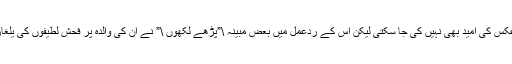
واللہ اعلم)، بہرحال اوریا صاحب نے جو کچھ کیا، ان جیسی عقل و سمجھ رکھنے والوں سے اس کے برعکس کی امید بھی نہیں کی جا سکتی لیکن اس کے ردعمل میں بعض مبینہ \”پڑھے لکھوں \” نے ان کی والدہ پر فحش لطیفوں کی یلغار کردی، بھانت بھانت کے طنز کے تیر چلائے گئے جن کا بلاواسطہ نشانہ اوریا صاحب کی والدہ تھیں۔